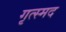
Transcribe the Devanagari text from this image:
गृत्स्मद